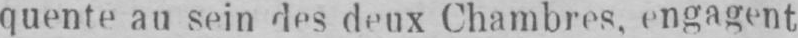
quente au sein des deux Chambres, engagent